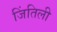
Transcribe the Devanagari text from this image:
जिंतिली